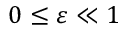
0 \leq \varepsilon \ll 1